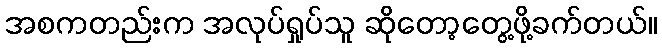
အစကတည်းက အလုပ်ရှုပ်သူ ဆိုတော့တွေ့ဖို့ခက်တယ်။